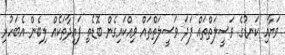
ވަޔާއި ކަނޑުގެ ވަސީލަތްތައް ފަދަ ވަސީލަތްތައް ވިއްކައިގެން ބޮޑެތި ފައިދާތަކެއް ލިބެން އެބަހުރި